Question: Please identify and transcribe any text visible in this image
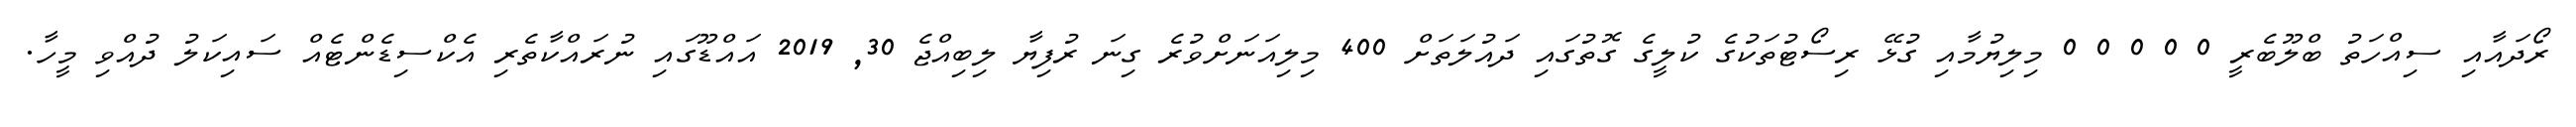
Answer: ރޯދައާއި ސިއްހަތު ބްލޫބެރީ 0 0 0 0 0 މިލިޔުމާއި ގުޅޭ ރިސޯޓުތަކުގެ ކުލީގެ ގޮތުގައި ދައުލަތަށް 400 މިލިއަނަށްވުރެ ގިނަ ރުފިޔާ ލިބިއްޖެ 30, 2019 އައްޑޫގައި ނުރައްކާތެރި އެކްސިޑެންޓެއް ސައިކަލު ދުއްވި މީހާ.